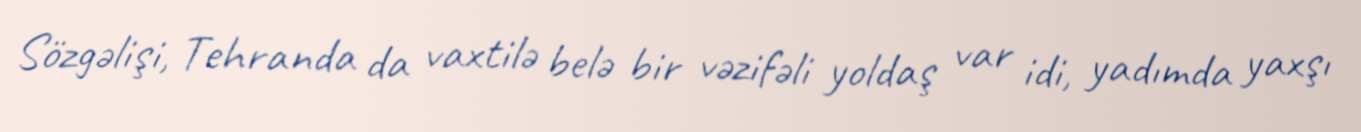
Sözgəlişi, Tehranda da vaxtilə belə bir vəzifəli yoldaş var idi, yadımda yaxşı